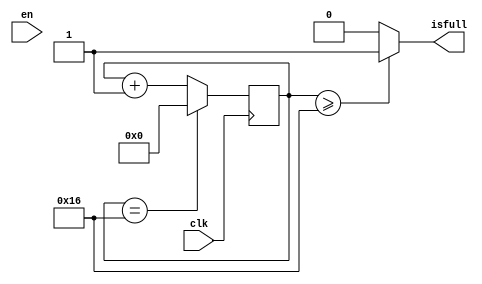
module counter_Dec_bo(
input clk,
input en,
output isfull
);
reg [4:0] count;
always @(posedge clk) 
	begin
		count <= count + 1;
		if(count == 22)
		count <= 0;
	end
assign isfull = (count >= 5'b10110)? 1: 0;
endmodule